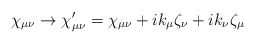
\begin{align*}\chi_{\mu\nu} \rightarrow \chi_{\mu\nu}' = \chi_{\mu\nu} + ik_\mu \zeta_\nu+ ik_\nu \zeta_\mu\end{align*}